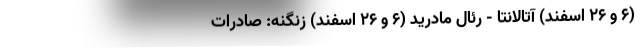
(6 و 26 اسفند) آتالانتا - رئال مادرید (6 و 26 اسفند) زنگنه: صادرات